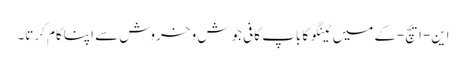
این-ایچ-کے میں ٹینگو کا باپ کافی جوش و خروش سے اپنا کام کرتا۔